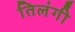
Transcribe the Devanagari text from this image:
तिलंगी